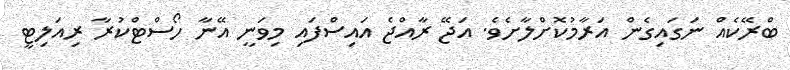
ބްރޭކެއް ނަގައިގެން އަރާމުކޮށްލާށެވެ. އަޖޭ ރާއްޖެ އައިސްފައި މިވަނީ އޭނާ ހޯސްޓްކުރާ ރިއަލިޓީ